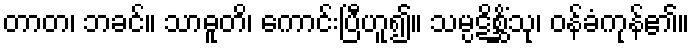
တာတ၊ ဘခင်။ သာဓူတိ၊ ကောင်းပြီဟူ၍။ သမ္ပဋိစ္ဆိံသု၊ ဝန်ခံကုန်၏။